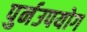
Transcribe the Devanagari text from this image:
पुर्नउपयोग